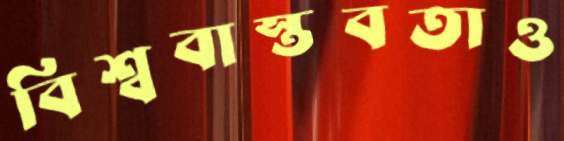
বিশ্ববাস্তবতাও